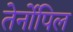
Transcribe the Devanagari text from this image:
तेर्नोपिल